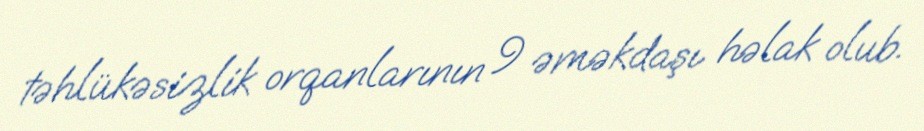
təhlükəsizlik orqanlarının 9 əməkdaşı həlak olub.